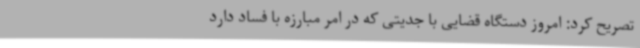
تصریح کرد: امروز دستگاه قضایی با جدیتی که در امر مبارزه با فساد دارد